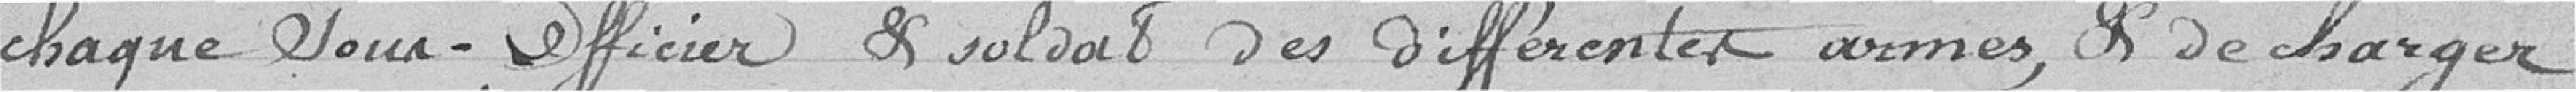
chaque sous-officier et soldat des différentes armes, et de charger